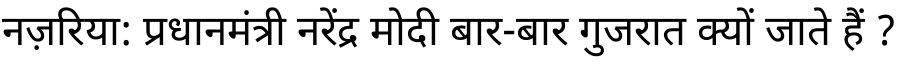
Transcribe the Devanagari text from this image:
नज़रिया: प्रधानमंत्री नरेंद्र मोदी बार-बार गुजरात क्यों जाते हैं ?